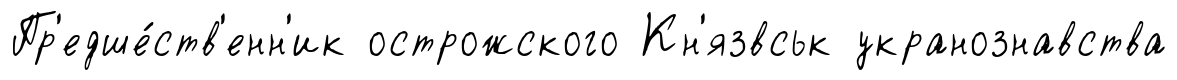
Пр'едше́ств'енн'ик острожского Кн'язвськ укранознавства